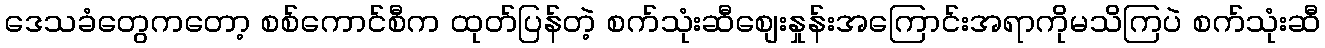
ဒေသခံတွေကတော့ စစ်ကောင်စီက ထုတ်ပြန်တဲ့ စက်သုံးဆီစျေးနှုန်းအကြောင်းအရာကိုမသိကြပဲ စက်သုံးဆီ